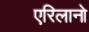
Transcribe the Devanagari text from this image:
एरिलानो